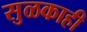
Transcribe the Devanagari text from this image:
सुळकाही